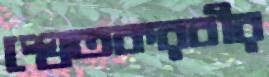
শ্বেতকরবীর